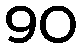
90